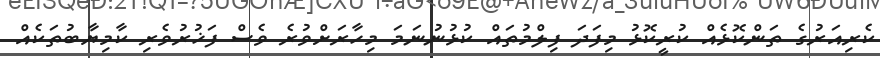
ކެރިއަރުގެ ތަންކޮޅެއް ކުރީކޮޅު މިފަދަ ފިލްމުތައް ކުޅުނުނަމަ މިހާރަށްވުރެ ވެސް ފަޚުރުވެރި ކާމިޔާބުތަކެއް